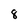
Character: 8